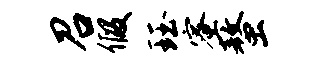
召假珏蜜螯